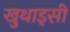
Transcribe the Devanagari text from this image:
खुथाइसी